Report on the working of the mental hospitals for Indians in Bihar and Orissa - 1925-1929
Year: 1925
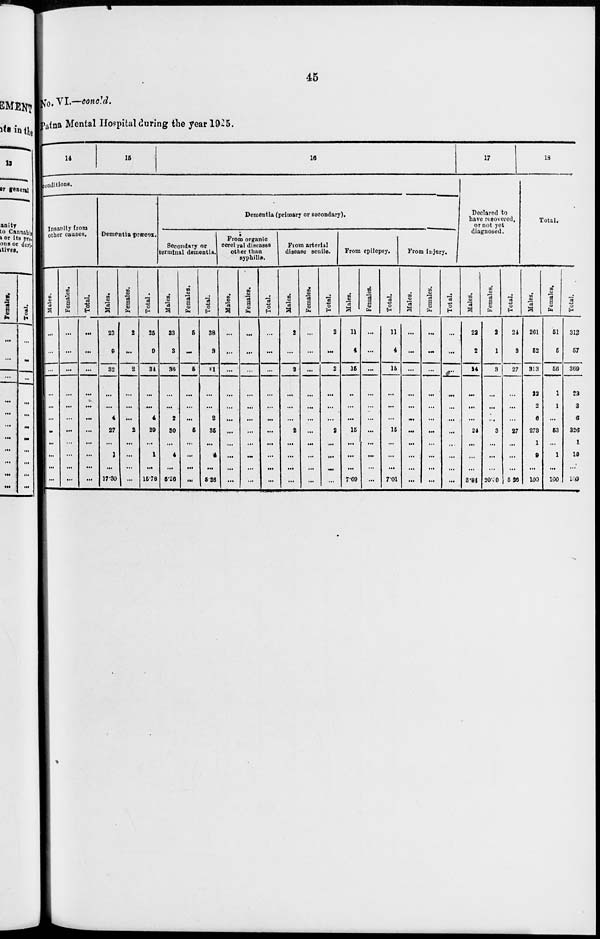
45
No. VI.—concld.
Patna Mental Hospital during the year 1925.
14
15
16
conditions.
Insanity from
other causes.
Males.
...
...
...
...
...
...
...
...
...
...
...
Females.
...
...
...
...
...
...
...
...
...
...
...
Total.
...
...
...
...
...
...
...
...
...
...
...
Dementia præcox.
Males.
23
9
32
...
...
4
27
...
1
...
17.30
Females.
2
...
2
...
...
...
2
...
...
...
...
Total.
25
9
34
...
...
4
29
...
1
...
15.78
Dementia (primary or secondary).
Secondary or
terminal dementia.
Males.
33
3
36
...
...
2
30
...
4
...
5.26
Females.
5
...
5
...
...
...
5
...
...
...
...
Total.
38
3
41
...
...
2
35
...
4
...
5.26
From organic
cerebral diseases
other than
syphilis.
Males.
...
...
...
...
...
...
...
...
...
...
...
Females.
...
...
...
...
...
...
...
...
...
...
...
Total.
...
...
...
...
...
...
...
...
...
...
...
From arterial
disease senile.
Males.
2
...
2
...
...
...
2
...
...
...
...
Females.
...
...
...
...
...
...
...
...
...
...
...
Total.
2
...
2
...
...
...
2
...
...
...
...
From epilepsy.
Males.
11
4
15
...
...
...
15
...
...
...
7.69
Females.
...
...
...
...
...
...
...
...
...
...
...
Total.
11
4
15
...
...
...
15
...
...
...
7.01
From injury.
Males.
...
...
...
...
...
...
...
...
...
...
...
Females.
...
...
...
...
...
...
...
...
...
...
...
Total.
...
...
...
...
...
...
...
...
...
...
...
17
Declared to
have recovered,
or not yet
diagnosed.
Males.
22
2
24
...
...
...
24
...
...
...
3.84
Females.
2
1
3
...
...
...
3
...
...
...
20.00
Total.
24
3
27
...
...
...
27
...
...
...
5.26
18
Total.
Males.
261
52
313
22
2
6
273
1
9
...
100
Females.
51
5
56
1
1
...
53
...
1
...
100
Total.
312
57
369
23
3
6
326
1
10
...
100